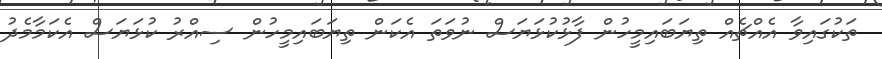
ތަކުގައިވާ އެއްޗެއް ތިޔަބައިމީހުން ފާޅުކުޅަޔަސް ނުވަތަ އެކަން ތިޔަބައިމީހުން ސިއްރު ކުޅަޔަސް އެކަމާމެދު